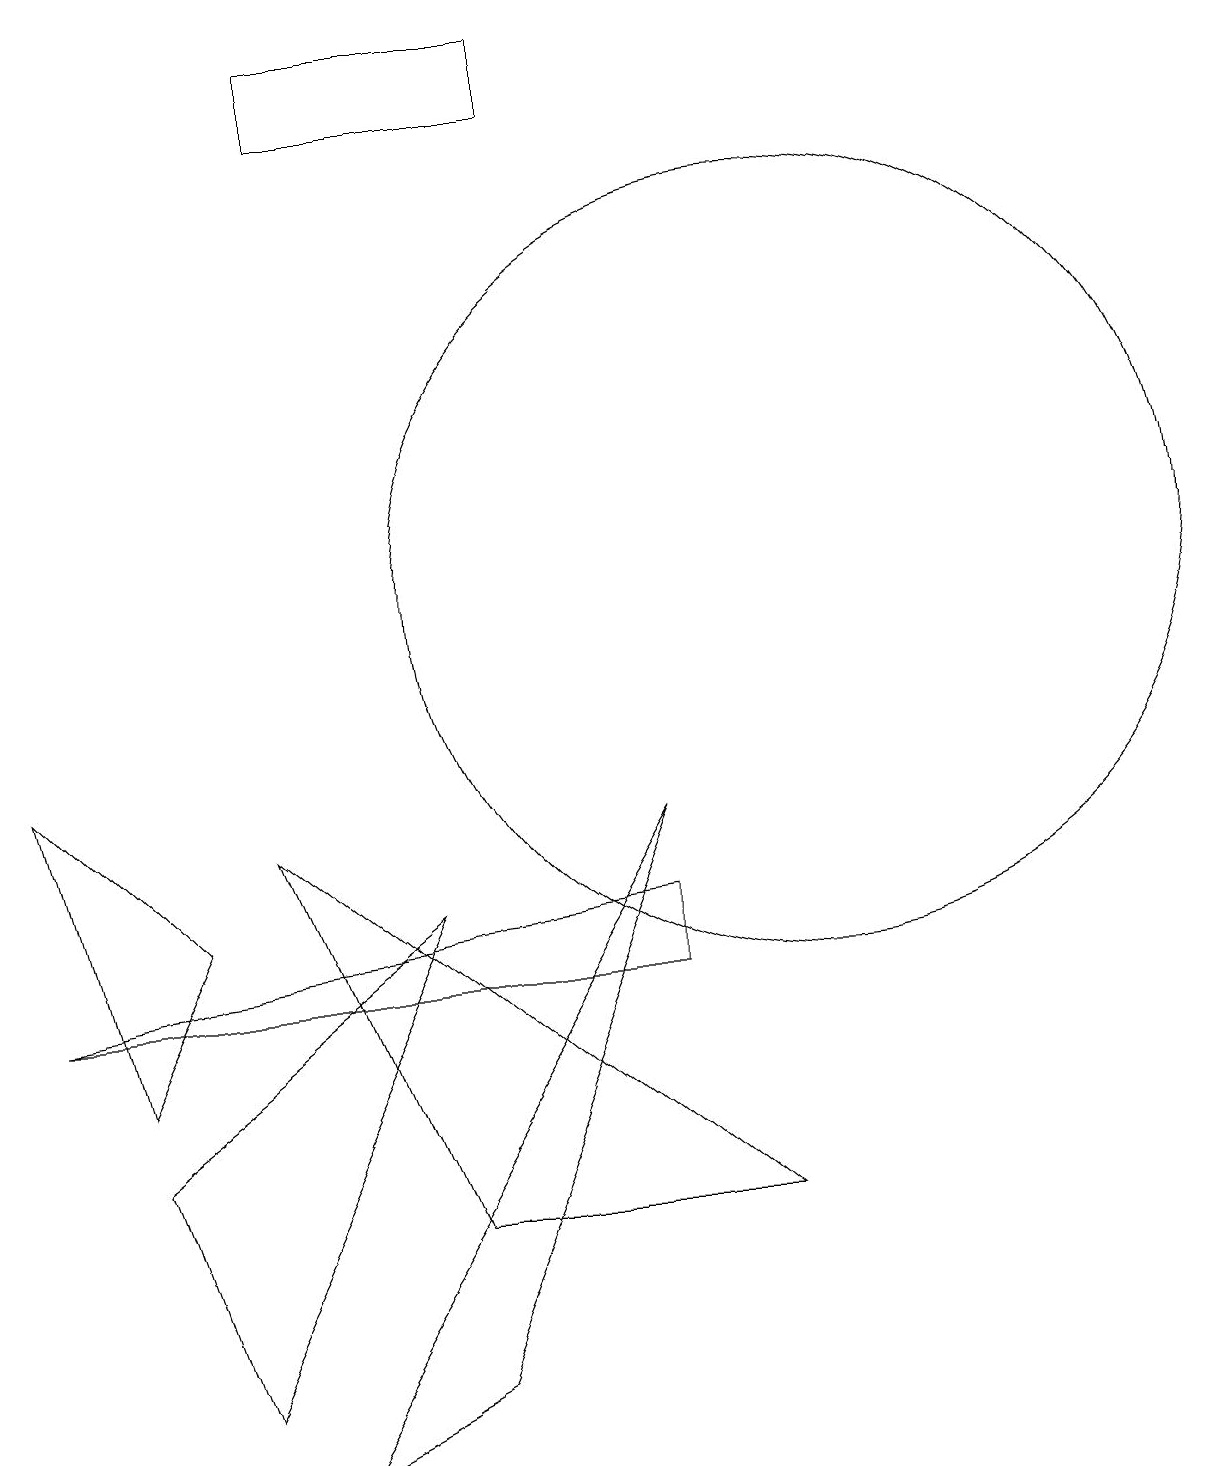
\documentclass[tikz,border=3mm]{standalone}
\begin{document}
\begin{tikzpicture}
\draw (0,9) -- (2,7) -- (1,5) -- cycle;
\draw (8,8) -- (5,1) -- (3,0) -- cycle;
\draw (10,11) circle (5);
\draw (2,1) -- (1,4) -- (5,7) -- cycle;
\draw (7,17) rectangle (4,18);
\draw (8,7) -- (8,6) -- (0,6) -- cycle;
\draw (9,3) -- (5,3) -- (3,8) -- cycle;
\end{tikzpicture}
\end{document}